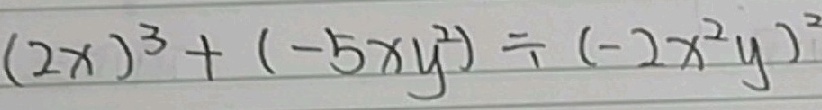
( 2 x ) ^ { 3 } + ( - 5 x y ^ { 2 } ) \div ( - 2 x ^ { 2 } y ) ^ { 2 }